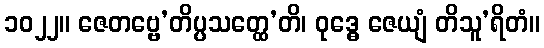
၁၀၂၂။ ဇေတဗ္ဗေ’တိပ္ပသတ္ထေ’တိ၊ ဝုဒ္ဓေ ဇေယျံ တိသူ’ရိတံ။